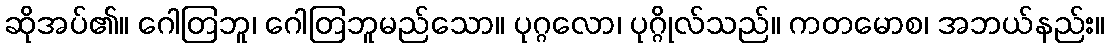
ဆိုအပ်၏။ ဂေါတြဘူ၊ ဂေါတြဘူမည်သော။ ပုဂ္ဂလော၊ ပုဂ္ဂိုလ်သည်။ ကတမောစ၊ အဘယ်နည်း။